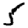
Digit: 5